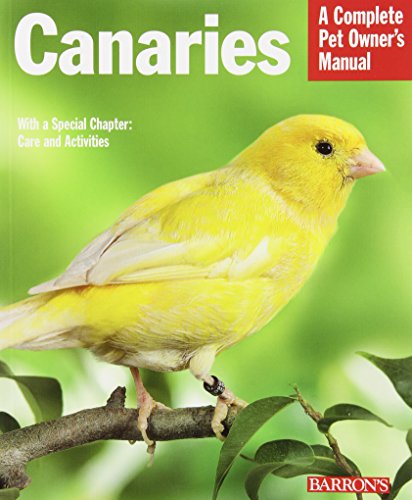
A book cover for Canaries (Complete Pet Owner's Manuals); Thomas Haupt; Crafts, Hobbies & Home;